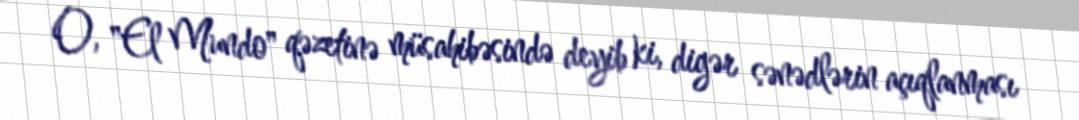
O, "El Mundo" qəzetinə müsahibəsində deyib ki, digər sənədlərin açıqlanması